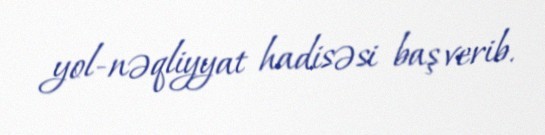
yol-nəqliyyat hadisəsi baş verib.